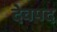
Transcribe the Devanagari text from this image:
देवपद